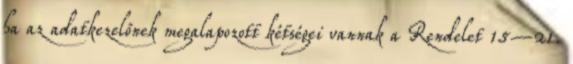
ha az adatkezelőnek megalapozott kétségei vannak a Rendelet 15–21.